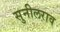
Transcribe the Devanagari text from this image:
सुनीलराव